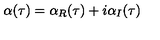
\: \alpha ( \tau ) = \alpha _ { R } ( \tau ) + i \alpha _ { I } ( \tau ) \: